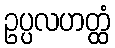
ဥပ္ပလဟတ္ထံ